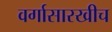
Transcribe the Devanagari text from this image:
वर्गासारखीच